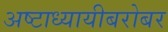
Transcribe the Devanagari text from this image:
अष्टाध्यायीबरोबर